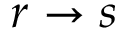
r \rightarrow s